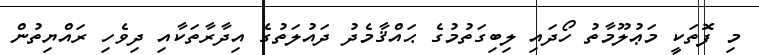
މި ފޮތަކީ މަޢުލޫމާތު ހޯދައި ލިބިގަތުމުގެ ޙައްޤާމެދު ދައުލަތުގެ އިދާރާތަކާއި ދިވެހި ރައްޔިތުން